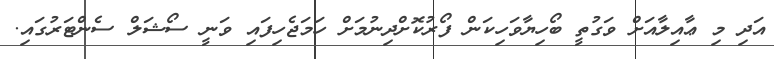
އަދި މި ޢާއިލާއަށް ވަގުތީ ބޯހިޔާވަހިކަން ފޯރުކޮށްދިނުމަށް ހަމަޖެހިފައި ވަނީ ސޯޝަލް ސެންޓަރުގައި.